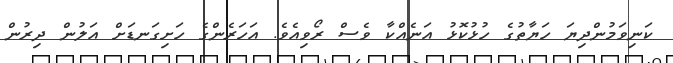
ކަނިވަމުންދިޔަ ހަޔާތުގެ ހުޅުކޮޅު އަނެއްކާ ވެސް ރޯވިއެވެ. އަހަރެންގެ ހަށިގަނޑަށް އަލުން ދިރުން